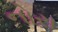
નોરા